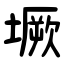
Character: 㙭